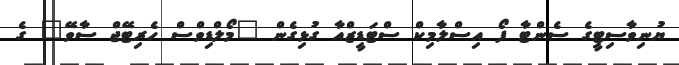
ޔުނިވާސިޓީގެ ސެންޓާ ފޯ އިސްލާމިކް ސްޓަޑީޒްއާ ގުޅިގެން "މޯލްޑިވްސް ހެރިޓޭޖް ސާވޭ" ގެ